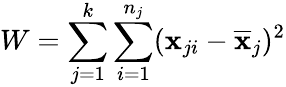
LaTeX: W=\sum_{j=1}^{k}\sum_{i=1}^{n_{j}}(\mathbf{x}_{ji}-\overline{{\mathbf{x}}}_{j})^{2}